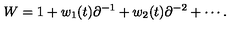
W = 1 + w _ { 1 } ( t ) \partial ^ { - 1 } + w _ { 2 } ( t ) \partial ^ { - 2 } + \cdots .